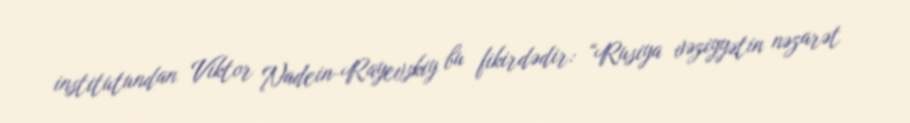
institutundan Viktor Nadein-Rayevskiy bu fikirdədir: “Rusiya vəziyyətin nəzarət